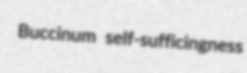
Buccinum self-sufficingness